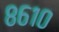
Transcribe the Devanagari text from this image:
८६१०